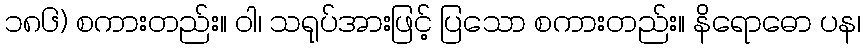
၁၈၆) စကားတည်း။ ဝါ၊ သရုပ်အားဖြင့် ပြသော စကားတည်း။ နိရောဓော ပန၊